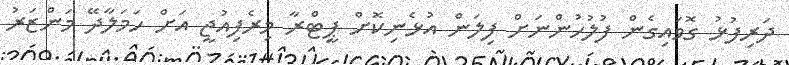
ދަރިފުޅު ގޮވައިގެން ފުލުހުންނަށް ފިލަން އުޅެނިކޮށް ޕީޓްރާ މިރެފިއުޖީ އަށް ހަމަލާދޭ މަންޒަރު